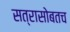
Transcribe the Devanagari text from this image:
सत्रासोबतच